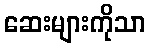
ဆေးများကိုသာ